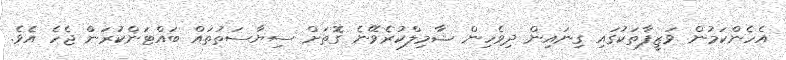
އެހެންކަމުން ވަޒީފާތަކުގައި ގިނައިން ދިވެހިން ޝާމިލްކުރެވޭނެ ގޮތަށް ސިޔާސަތުތައް ބައްޓަންކުރަން ޖެހެ އެވެ.